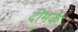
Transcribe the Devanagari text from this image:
दीमकें